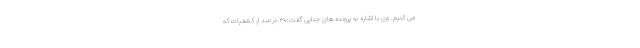
می کنیم. وی با اشاره به پرونده های جنایی گفت:۳۰ درصد از کشفیات که